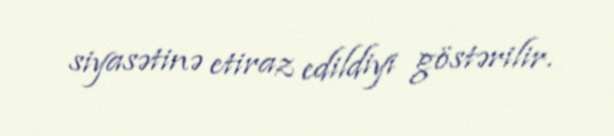
siyasətinə etiraz edildiyi göstərilir.